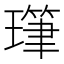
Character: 㻶